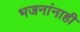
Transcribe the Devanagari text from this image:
भजनांनाही